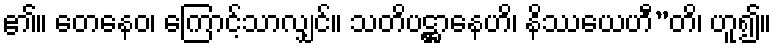
၏။ တေနေဝ၊ ကြောင့်သာလျှင်။ သတိပဋ္ဌာနေဟိ၊ နိဿယေဟီ”တိ၊ ဟူ၍။